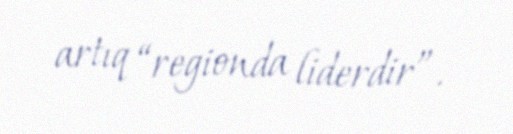
artıq “regionda liderdir”.